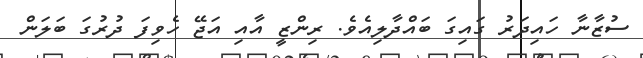
ސުޒާނާ ހައިދަރު ގައިގަ ބައްދާލިއެވެ. ރިންޒީ އާއި އަޖޭ ހެވިފަ ދުރުގަ ބަލަން